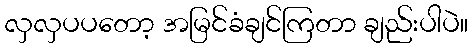
လှလှပပတော့ အမြင်ခံချင်ကြတာ ချည်းပါပဲ။